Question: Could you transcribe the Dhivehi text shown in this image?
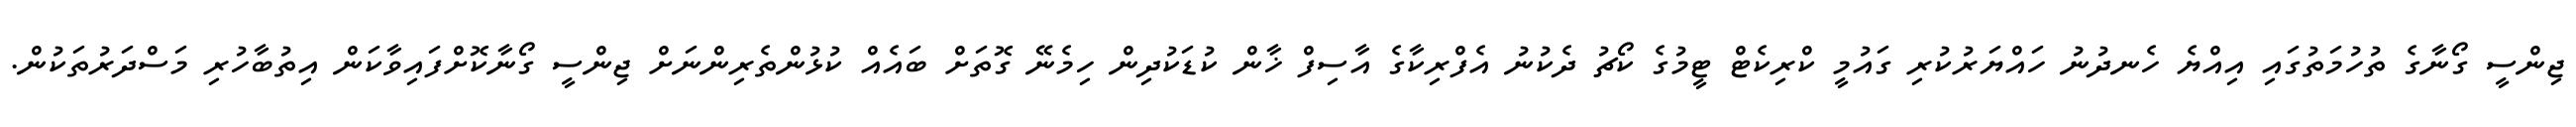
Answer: ޖިންސީ ގޯނާގެ ތުހުމަތުގައި އިއްޔެ ހެނދުނު ހައްޔަރުކުރި ގައުމީ ކްރިކެޓް ޓީމުގެ ކޯޗު ދެކުނު އެފްރިކާގެ އާސިފް ޚާން ކުޑަކުދިން ހިމެނޭ ގޮތަށް ބައެއް ކުޅުންތެރިންނަށް ޖިންސީ ގޯނާކޮށްފައިވާކަން އިތުބާހުރި މަސްދަރުތަކުން.